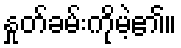
နှုတ်ခမ်းကိုမဲ့၏။